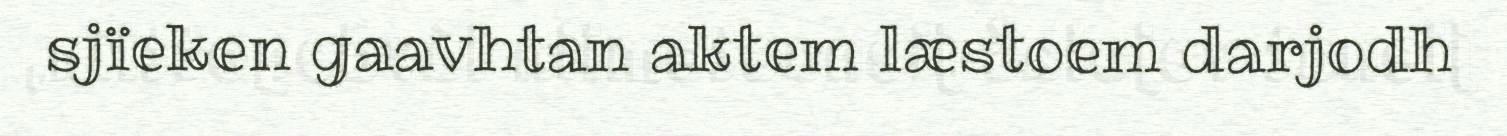
sjïeken gaavhtan aktem læstoem darjodh